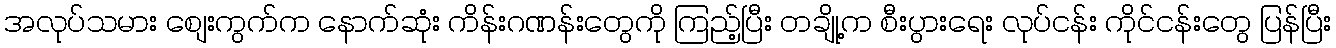
အလုပ်သမား စျေးကွက်က နောက်ဆုံး ကိန်းဂဏန်းတွေကို ကြည့်ပြီး တချို့က စီးပွားရေး လုပ်ငန်း ကိုင်ငန်းတွေ ပြန်ပြီး